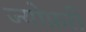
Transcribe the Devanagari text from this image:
ज्योफ़री